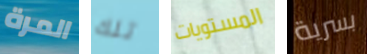
المرة تلك المستويات بسرية